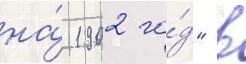
на́ 1902 го́д" в